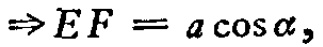
\(\Rightarrow EF = a\cos\alpha,\)